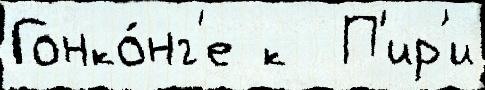
Гонко́нг'е к  П'ир'и